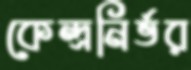
কেন্দ্রনির্ভর